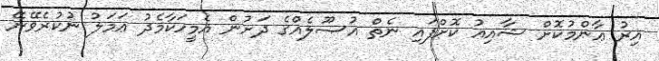
އިރު ޢާންމުކޮށް ޝާއިޢު ކޮށްފައި ނެތް އުޞޫލެއްގެ ދަށުން އެމީހަކާމެދު ޢަމަލު ނުކުރެވޭނޭ